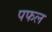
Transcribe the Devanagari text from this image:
पफल